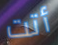
أتت